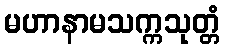
မဟာနာမသက္ကသုတ္တံ